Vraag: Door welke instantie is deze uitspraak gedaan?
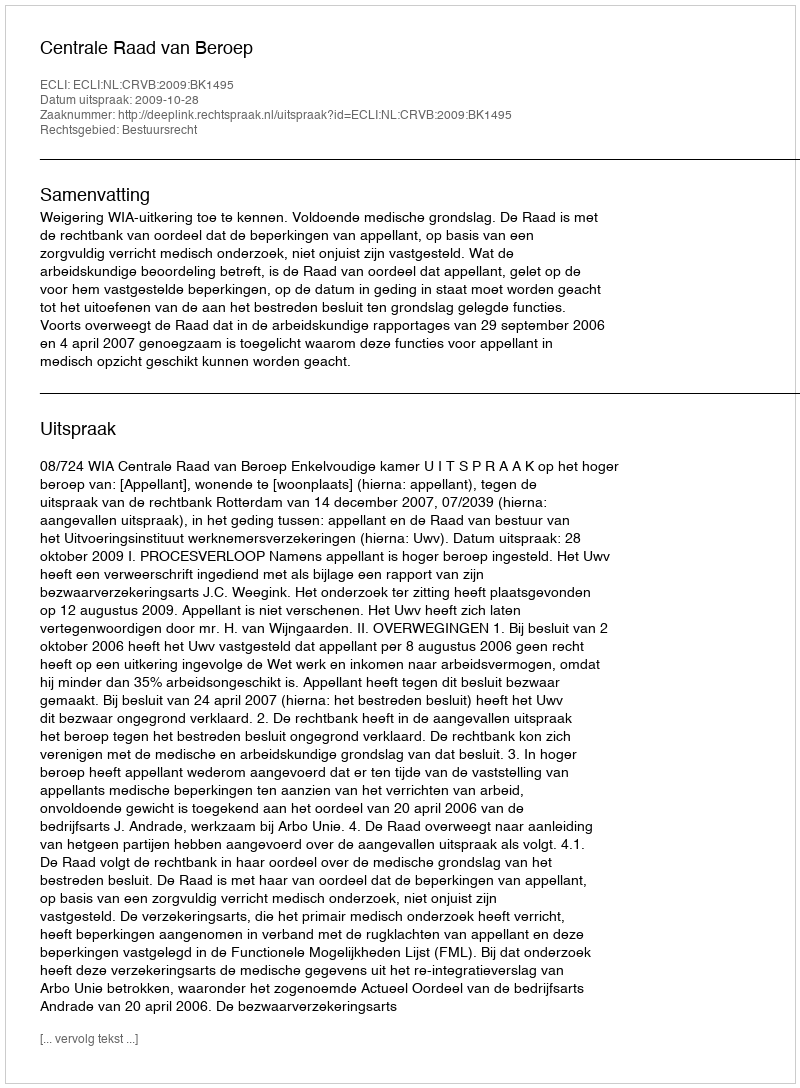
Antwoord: Centrale Raad van Beroep